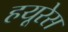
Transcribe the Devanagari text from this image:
हयूरेस